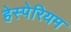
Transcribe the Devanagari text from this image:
हेस्पेरियम